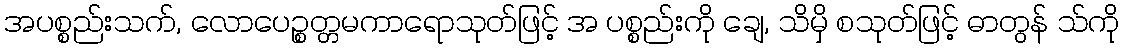
အပစ္စည်းသက်, လောပေဉ္စတ္တမကာရောသုတ်ဖြင့် အ ပစ္စည်းကို ချေ, သိမှိ စသုတ်ဖြင့် ဓာတွန် သ်ကို